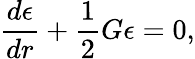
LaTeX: \frac{d\epsilon}{dr}+\frac{1}{2}G\epsilon=0,